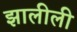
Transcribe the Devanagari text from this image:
झालीली